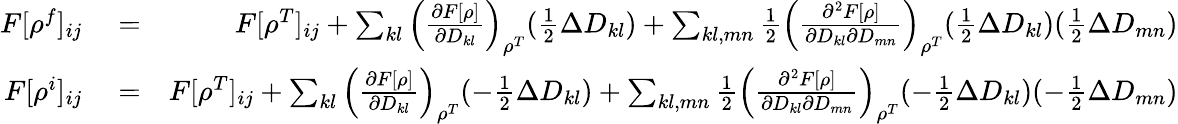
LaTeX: \begin{array}{rlr}{F[\rho^{f}]_{ij}}&{{}=}&{F[\rho^{T}]_{ij}+\sum_{kl}\left(\frac{\partial F[\rho]}{\partial D_{kl}}\right)_{\rho^{T}}(\frac{1}{2}\Delta D_{kl})+\sum_{kl,mn}\frac{1}{2}\left(\frac{\partial^{2}F[\rho]}{\partial D_{kl}\partial D_{mn}}\right)_{\rho^{T}}(\frac{1}{2}\Delta D_{kl})(\frac{1}{2}\Delta D_{mn})}\\ {F[\rho^{i}]_{ij}}&{{}=}&{F[\rho^{T}]_{ij}+\sum_{kl}\left(\frac{\partial F[\rho]}{\partial D_{kl}}\right)_{\rho^{T}}(-\frac{1}{2}\Delta D_{kl})+\sum_{kl,mn}\frac{1}{2}\left(\frac{\partial^{2}F[\rho]}{\partial D_{kl}\partial D_{mn}}\right)_{\rho^{T}}(-\frac{1}{2}\Delta D_{kl})(-\frac{1}{2}\Delta D_{mn})}\end{array}